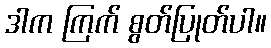
ဒါက ကြက် စွတ်ပြုတ်ပါ။